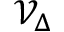
{ \mathcal { V } } _ { \Delta }